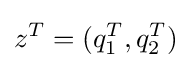
z^{T}=(q_{1}^{T},q_{2}^{T})